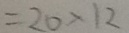
= 2 0 > 1 2